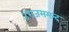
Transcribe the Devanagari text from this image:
४राजसमन्द